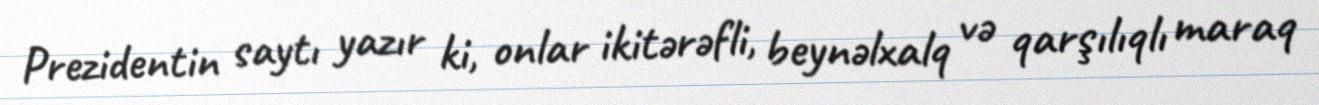
Prezidentin saytı yazır ki, onlar ikitərəfli, beynəlxalq və qarşılıqlı maraq